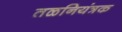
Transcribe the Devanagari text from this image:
तळनियंत्रक